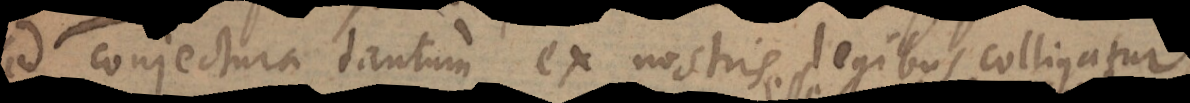
conjectura tantum ex nostris legibus colligatur.